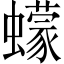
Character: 蠓